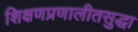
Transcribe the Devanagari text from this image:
शिक्षणप्रणालीतसुद्धा